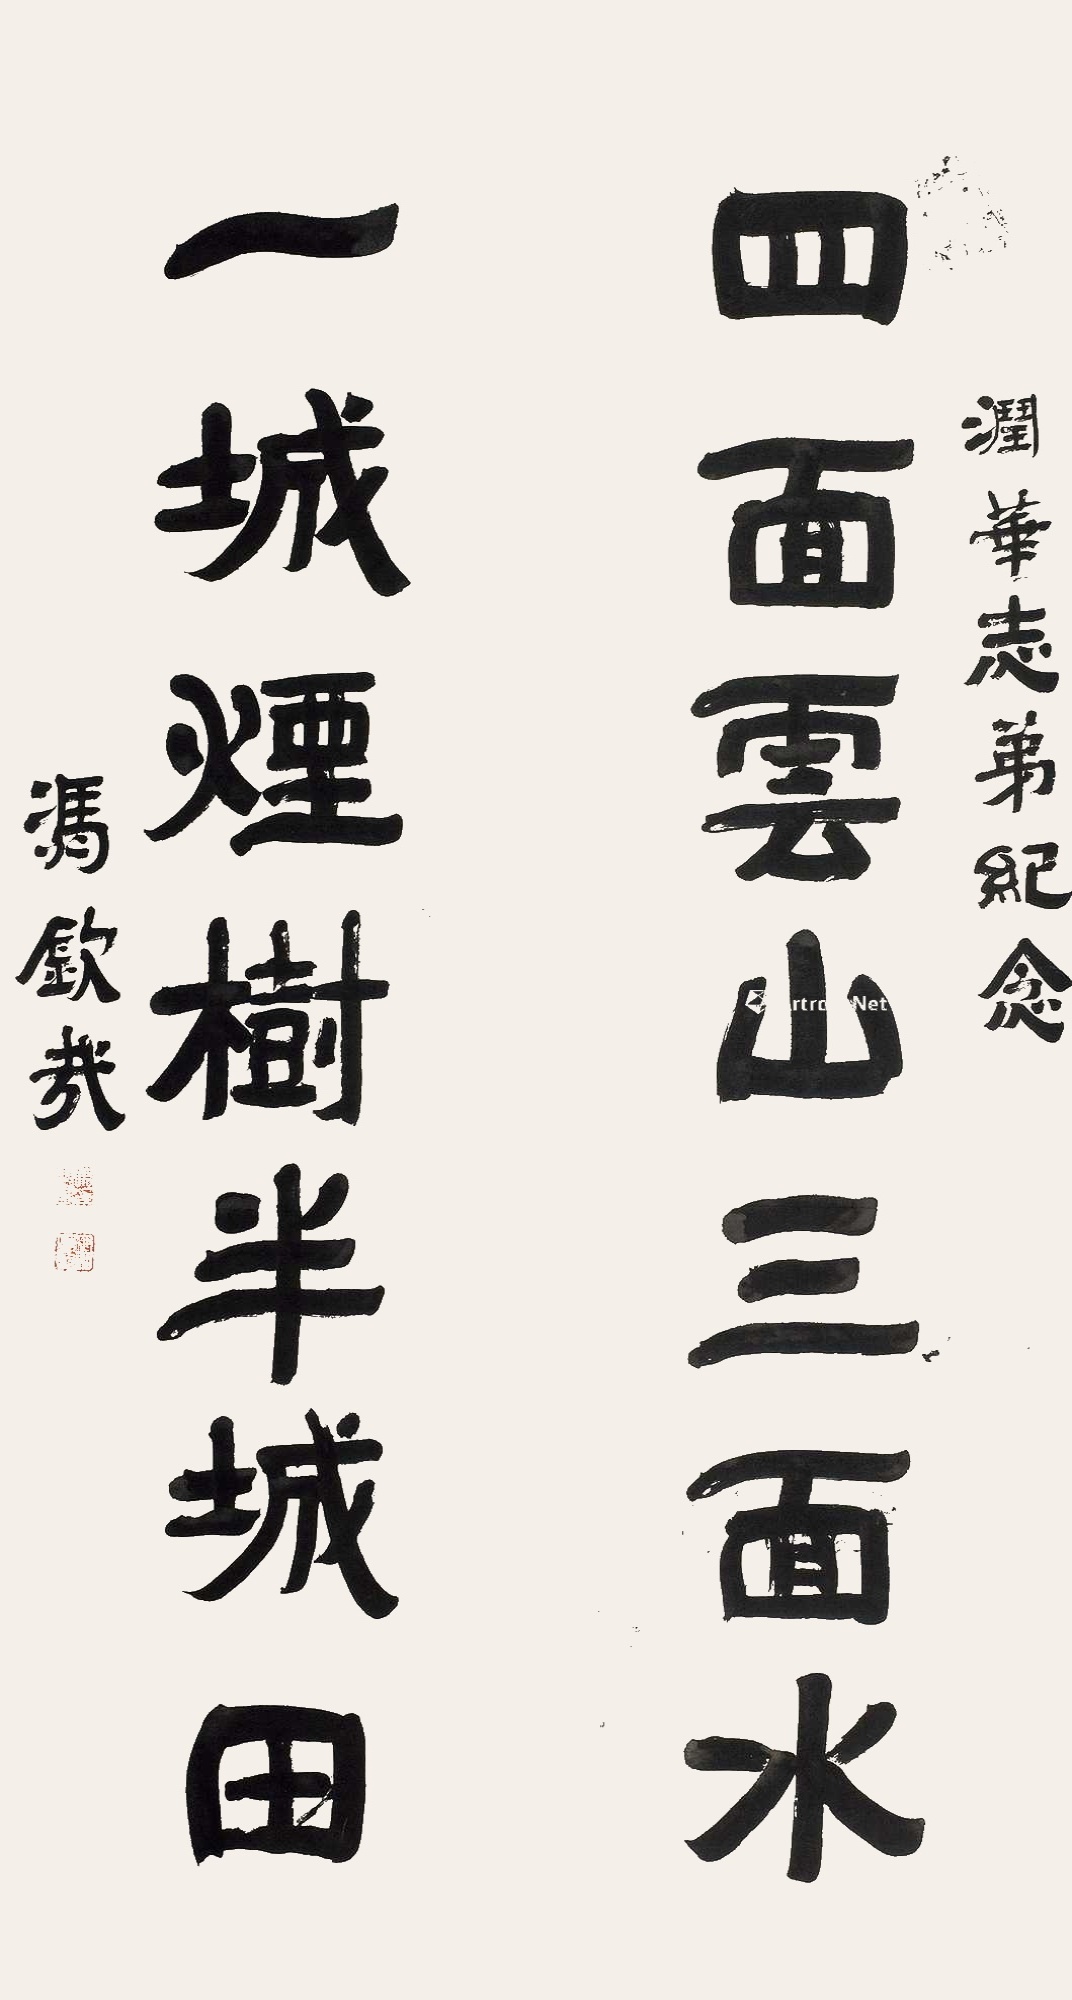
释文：四面云山三面水，一城烟树半城田。润华志弟纪念，冯钦哉。